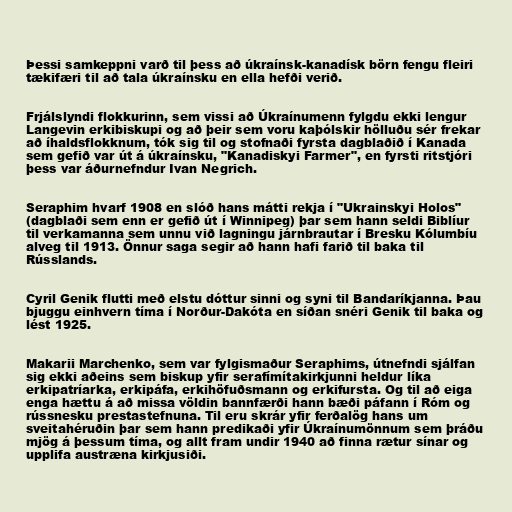
Þessi samkeppni varð til þess að úkraínsk-kanadísk börn fengu fleiri
tækifæri til að tala úkraínsku en ella hefði verið.

Frjálslyndi flokkurinn, sem vissi að Úkraínumenn fylgdu ekki lengur
Langevin erkibiskupi og að þeir sem voru kaþólskir hölluðu sér frekar
að íhaldsflokknum, tók sig til og stofnaði fyrsta dagblaðið í Kanada
sem gefið var út á úkraínsku, "Kanadiskyi Farmer", en fyrsti ritstjóri
þess var áðurnefndur Ivan Negrich.

Seraphim hvarf 1908 en slóð hans mátti rekja í "Ukrainskyi Holos"
(dagblaði sem enn er gefið út í Winnipeg) þar sem hann seldi Biblíur
til verkamanna sem unnu við lagningu járnbrautar í Bresku Kólumbíu
alveg til 1913. Önnur saga segir að hann hafi farið til baka til
Rússlands.

Cyril Genik flutti með elstu dóttur sinni og syni til Bandaríkjanna. Þau
bjuggu einhvern tíma í Norður-Dakóta en síðan snéri Genik til baka og
lést 1925.

Makarii Marchenko, sem var fylgismaður Seraphims, útnefndi sjálfan
sig ekki aðeins sem biskup yfir serafímítakirkjunni heldur líka
erkipatríarka, erkipáfa, erkihöfuðsmann og erkifursta. Og til að eiga
enga hættu á að missa völdin bannfærði hann bæði páfann í Róm og
rússnesku prestastefnuna. Til eru skrár yfir ferðalög hans um
sveitahéruðin þar sem hann predikaði yfir Úkraínumönnum sem þráðu
mjög á þessum tíma, og allt fram undir 1940 að finna rætur sínar og
upplifa austræna kirkjusiði.